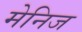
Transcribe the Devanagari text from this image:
मेनिज